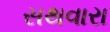
સથવારા